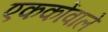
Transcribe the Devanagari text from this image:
एककोंवाले